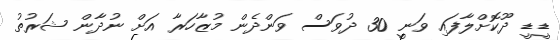
ޑީޑީ ދޫކޮށްލާފައި ވަނީ 30 ދުވަސް ވަންދެން މުޒާހަރާ އަށް ނުދާން ޝަރުތު